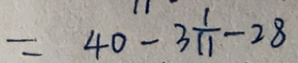
= 4 0 - 3 \frac { 1 } { 1 1 } - 2 8